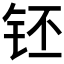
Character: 𰽧